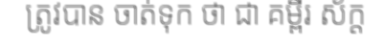
ត្រូវបាន ចាត់ទុក ថា ជា គម្ពីរ ស័ក្ត